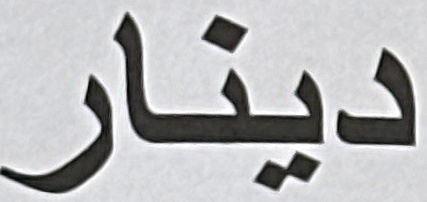
دينار